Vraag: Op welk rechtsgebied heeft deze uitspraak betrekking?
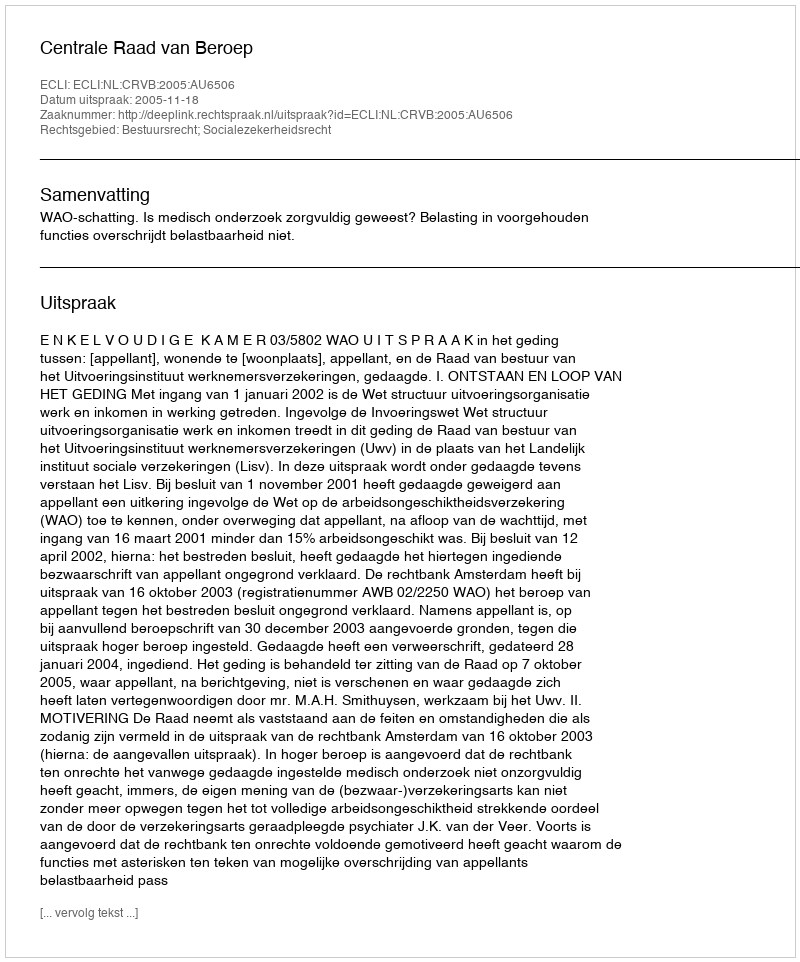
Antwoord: Bestuursrecht; Socialezekerheidsrecht